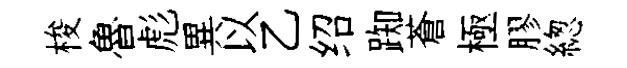
梭魯彪異以乙绍踟蒼極膠緫